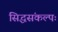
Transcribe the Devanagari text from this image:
सिद्धसंकल्पः